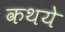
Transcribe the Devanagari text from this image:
कथये